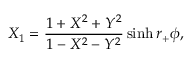
X _ { 1 } = { \frac { 1 + X ^ { 2 } + Y ^ { 2 } } { 1 - X ^ { 2 } - Y ^ { 2 } } } \sinh r _ { + } \phi ,